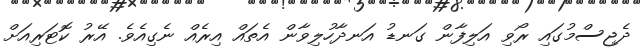
ދެޖިސްމުގައި ރޯވި އަލިފާން ގަނޑު އަނދާހުލިވާން އެތައް އިރެއް ނެގިއެވެ. އޭރު ކޮޓަރިއަށް